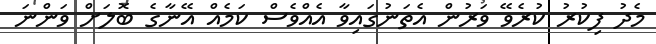
މެދު ފިކުރު ކުރެވޭ ވަރުން އެތަނުގައިވާ އެއްވެސް ކަމެއް އޭނާގެ ބޮލަށް ވަންނަ